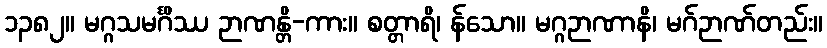
၁၃၈၂။ မဂ္ဂသမင်္ဂိဿ ဉာဏန္တိ-ကား။ စတ္တာရိ၊ န်သော။ မဂ္ဂဉာဏာနိ၊ မဂ်ဉာဏ်တည်း။